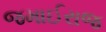
જમાઈરાજ